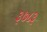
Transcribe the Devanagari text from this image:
३७८३